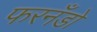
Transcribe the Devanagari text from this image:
फरनँडो